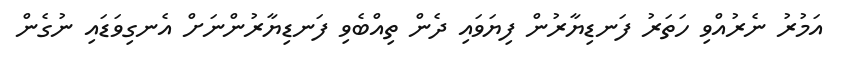
އަމުރު ނެރުއްވި ހަތަރު ފަނޑިޔާރުން ފިޔަވައި ދެން ތިއްބެވި ފަނޑިޔާރުންނަށް އެނގިވަޑައި ނުގެން